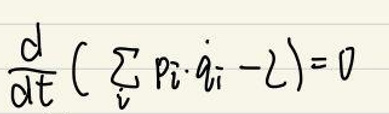
\(\frac{d}{dt} \left( \sum_{i} p_i \cdot \dot{q}_i - L \right) = 0\)